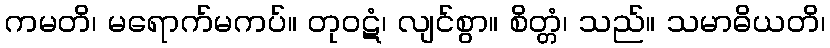
ကမတိ၊ မရောက်မကပ်။ တုဝဋံ၊ လျင်စွာ။ စိတ္တံ၊ သည်။ သမာဓိယတိ၊